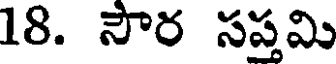
18. సౌర సప్తమి